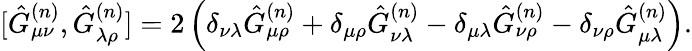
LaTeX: [\hat{G}_{\mu\nu}^{(n)},\hat{G}_{\lambda\rho}^{(n)}]=2\left(\delta_{\nu\lambda}\hat{G}_{\mu\rho}^{(n)}+\delta_{\mu\rho}\hat{G}_{\nu\lambda}^{(n)}-\delta_{\mu\lambda}\hat{G}_{\nu\rho}^{(n)}-\delta_{\nu\rho}\hat{G}_{\mu\lambda}^{(n)}\right).